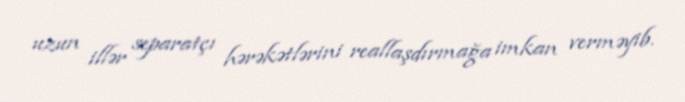
uzun illər separatçı hərəkətlərini reallaşdırmağa imkan verməyib.